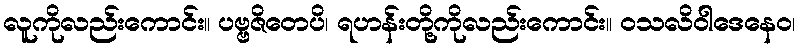
လူကိုလည်းကောင်း။ ပဗ္ဗဇိတေပိ၊ ရဟန်းတို့ကိုလည်းကောင်း။ ဝသလိဝါဒေနေဝ၊